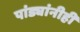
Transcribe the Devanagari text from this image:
पांड्यांनीही